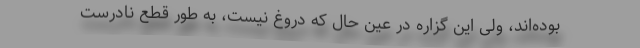
بوده‌اند، ولی این گزاره در عین حال که دروغ نیست، به طور قطع نادرست